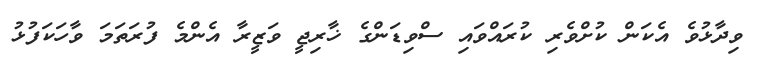
ވިދާޅުވެ އެކަން ކުށްވެރި ކުރައްވައި ސްވިޑަންގެ ޚާރިޖީ ވަޒީރާ އެންމެ ފުރަތަމަ ވާހަކަފުޅު